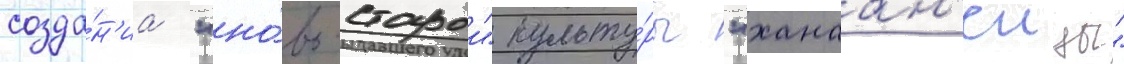
созда́н'иа "но́во-старои" культу́ры "ханаан'еицы"